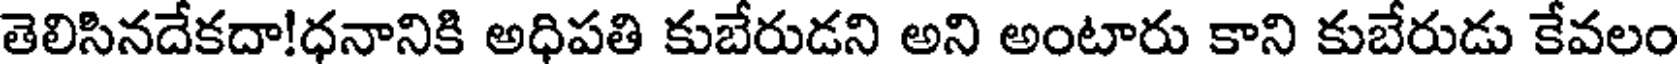
తెలిసినదేకదా!ధనానికి అధిపతి కుబేరుడని అని అంటారు కాని కుబేరుడు కేవలం